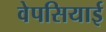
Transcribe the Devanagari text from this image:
वेपसियाई